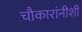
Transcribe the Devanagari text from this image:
चौकारांनीशी